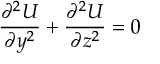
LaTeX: { \frac { \partial ^ { 2 } U } { \partial y ^ { 2 } } } + { \frac { \partial ^ { 2 } U } { \partial z ^ { 2 } } } = 0